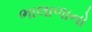
ભાલાળાનો